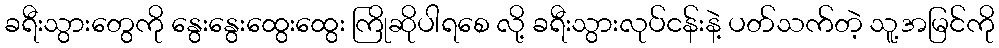
ခရီးသွားတွေကို နွေးနွေးထွေးထွေး ကြိုဆိုပါရစေ လို့ ခရီးသွားလုပ်ငန်းနဲ့ ပတ်သက်တဲ့ သူ့အမြင်ကို